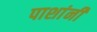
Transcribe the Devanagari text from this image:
पाशांनी